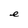
Character: e